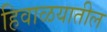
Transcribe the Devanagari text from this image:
हिवाळयातील